system: You are a helpful assistant.
user:
Analyze the provided spectrum to determine if it is a **Carbon Star (C-type)**.

- **Key Visual Indicators of Carbon Star:**
    - **(Primary):** Strong molecular absorption from **C₂ (diatomic carbon) "Swan Bands."** This is the **defining feature** of a carbon star.
        - **(Key Bandheads):** Sharp absorption edges are visible at approximately $5635$ Å, $5165$ Å (the strongest band), and $4737$ Å.
        - **(Line Profile):** Creates a distinct **"saw-tooth"** pattern. The key morphology is a sharp, steep bandhead on the **red (long-wavelength) side**, which then gradually tapers off (i.e., flux recovers) towards the **blue (short-wavelength) side**. *(This is the direct opposite of the TiO bands seen in M-type stars)*.

    - **(Secondary):** Intense **CN (cyanogen)** molecular absorption bands.
        - **(Key Bandheads):** Located in the blue and violet regions of the spectrum (e.g., near $4215$ Å and $3883$ Å).
        - **(Morphology):** These bands are extremely broad and act as a "blanket," absorbing the vast majority of blue and violet light. This creates a characteristic **"cliff"** or **"steep drop-off"** in the spectrum's flux at short wavelengths.

    - **(Key Confirmation):** Strong **CH absorption band (G-band)**.
        - **(Key Bandhead):** Located around $4300$ Å. The contribution from CH molecules to this band is exceptionally strong.

    - **(Overall Spectrum):**
        - The continuum is severely "chopped up" by these deep molecular bands, especially C₂, rather than appearing as a smooth curve.
        - Due to the heavy CN and C₂ absorption in the blue-green, the vast majority of the star's flux is concentrated in the red part of the spectrum, giving the star its characteristic deep red color.

Think first, call **spectral_visualization_tool** if needed to examine features in detail, then provide your final answer. Your response must adhere to the following strict rules:
1.  **Overall Structure:** Your response must follow the format `<think>...</think> <tool_call>...</tool_call> (if a tool is used) <answer>...</answer>`.
2.  **Tool Usage Constraint:** You may only make **one** tool call per turn.
3.  **Final Answer Format:** In the `<answer>` tag, your conclusion must be inside a `\boxed{}` command (e.g., `\boxed{YES}`), followed by your justification.

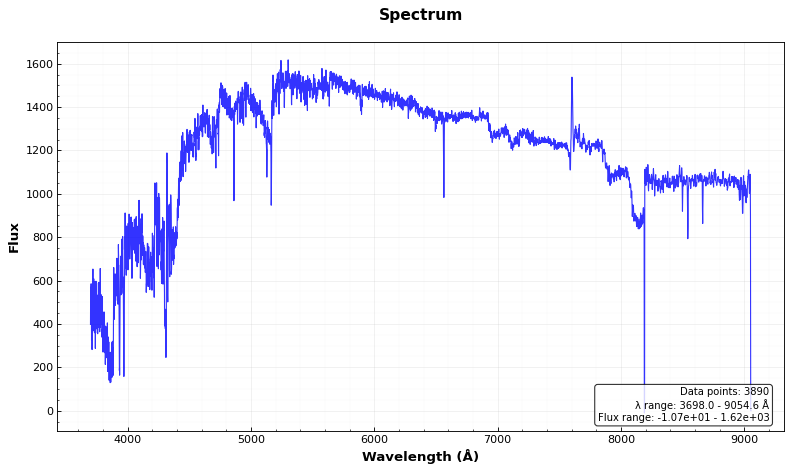
Answer: YES